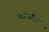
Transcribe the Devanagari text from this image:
कांपोंग